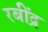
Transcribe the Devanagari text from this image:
रबींद्र